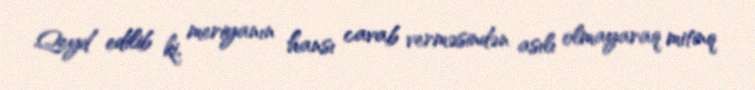
Qeyd edilib ki, meriyanın hansı cavab verməsindən asılı olmayaraq mitinq